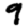
Digit: 9